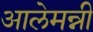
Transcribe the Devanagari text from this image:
आलेमन्नी